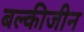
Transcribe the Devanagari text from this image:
बल्कीजीन